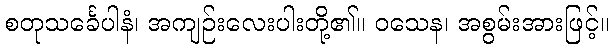
စတုသင်္ခေပါနံ၊ အကျဉ်းလေးပါးတို့၏။ ဝသေန၊ အစွမ်းအားဖြင့်။